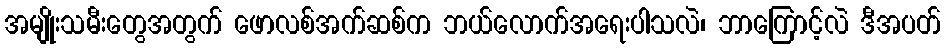
အမျိုးသမီးတွေအတွက် ဖောလစ်အက်ဆစ်က ဘယ်လောက်အရေးပါသလဲ၊ ဘာကြောင့်လဲ ဒီအပတ်